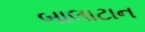
બાલાટાન